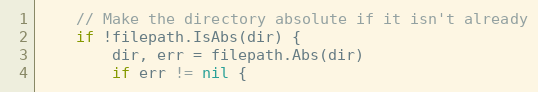
Language: Go
	// Make the directory absolute if it isn't already
	if !filepath.IsAbs(dir) {
		dir, err = filepath.Abs(dir)
		if err != nil {